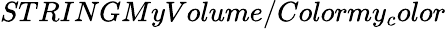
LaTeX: STRINGMyVolume/Colormy_{c}olor